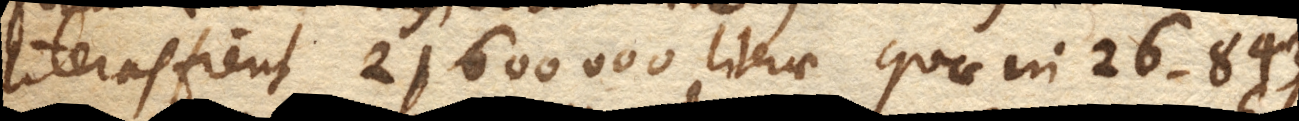
literas fient 21600000 literae quae in 26.843.